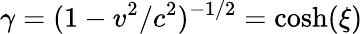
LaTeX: \gamma=(1-v^{2}/c^{2})^{-1/2}=\cosh(\xi)